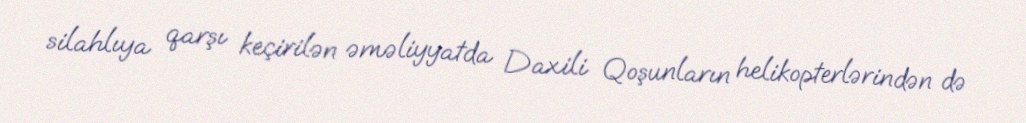
silahlıya qarşı keçirilən əməliyyatda Daxili Qoşunların helikopterlərindən də